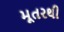
મૂતરથી